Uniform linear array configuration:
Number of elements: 64
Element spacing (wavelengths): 1
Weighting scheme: kaiser
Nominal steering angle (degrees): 30
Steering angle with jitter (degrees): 28.648
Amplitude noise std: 0.05
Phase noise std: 0.05

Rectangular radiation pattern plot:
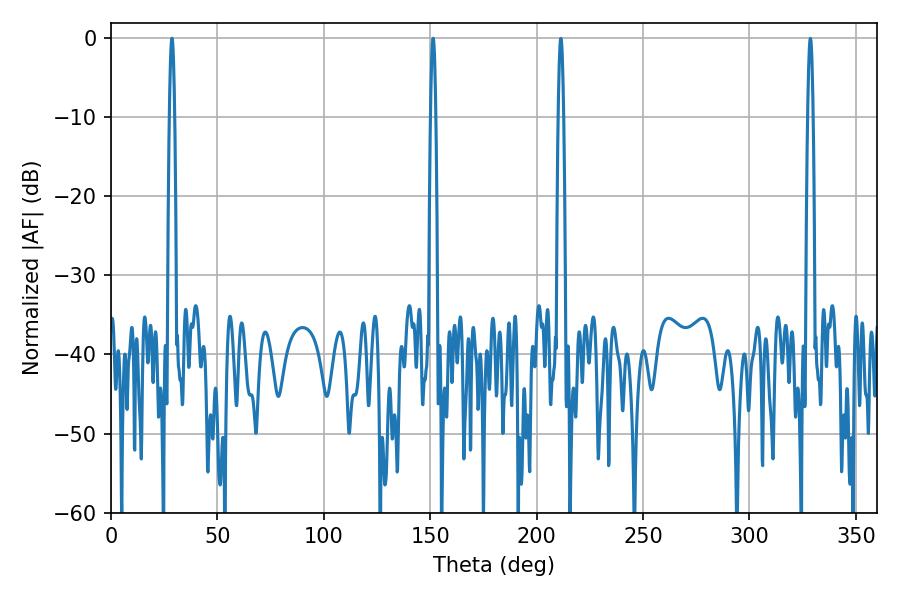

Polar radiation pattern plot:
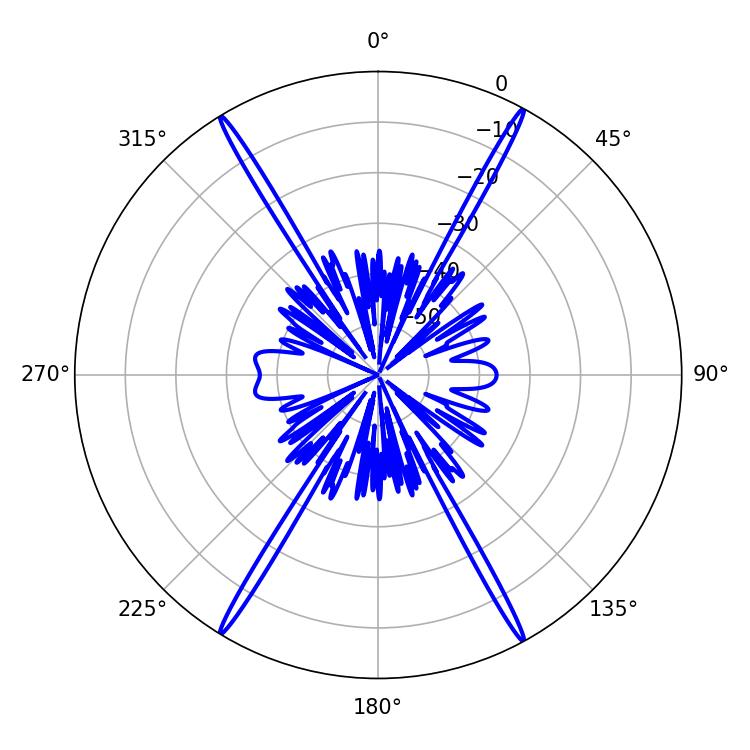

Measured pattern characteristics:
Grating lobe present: TRUE
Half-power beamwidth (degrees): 1.26
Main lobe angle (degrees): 151.38